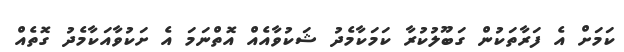
ކަމަށް އެ ފަރާތަކުން ގަބޫލުކުރާ ކަމަކާމެދު ޝަކުވާއެއް އޮތްނަމަ އެ ށަކުވާއަކާމެދު ގޮތެއް